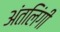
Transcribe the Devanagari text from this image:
अंतलिंगी